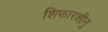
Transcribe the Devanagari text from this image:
शिफारशीनु